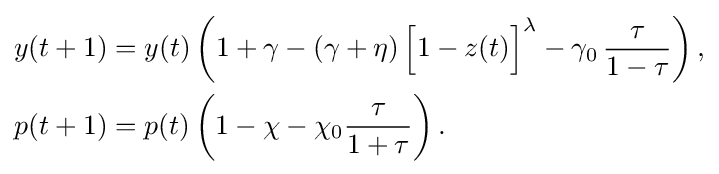
{\begin{aligned}y(t+1)&=y(t)\left(1+\gamma -\left(\gamma +\eta \right){\Big [}1-z(t){\Big ]}^{\lambda }-\gamma _{0}\,{\frac {\tau }{1-\tau }}\right),\\p(t+1)&=p(t)\left(1-\chi -\chi _{0}{\frac {\tau }{1+\tau }}\right).\\\end{aligned}}